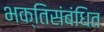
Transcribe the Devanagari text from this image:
भक्तिसंबंधित